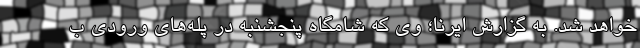
خواهد شد. به گزارش ایرنا؛ وی که شامگاه پنجشنبه در پله‌های ورودی ب